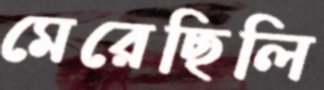
মেরেছিলি